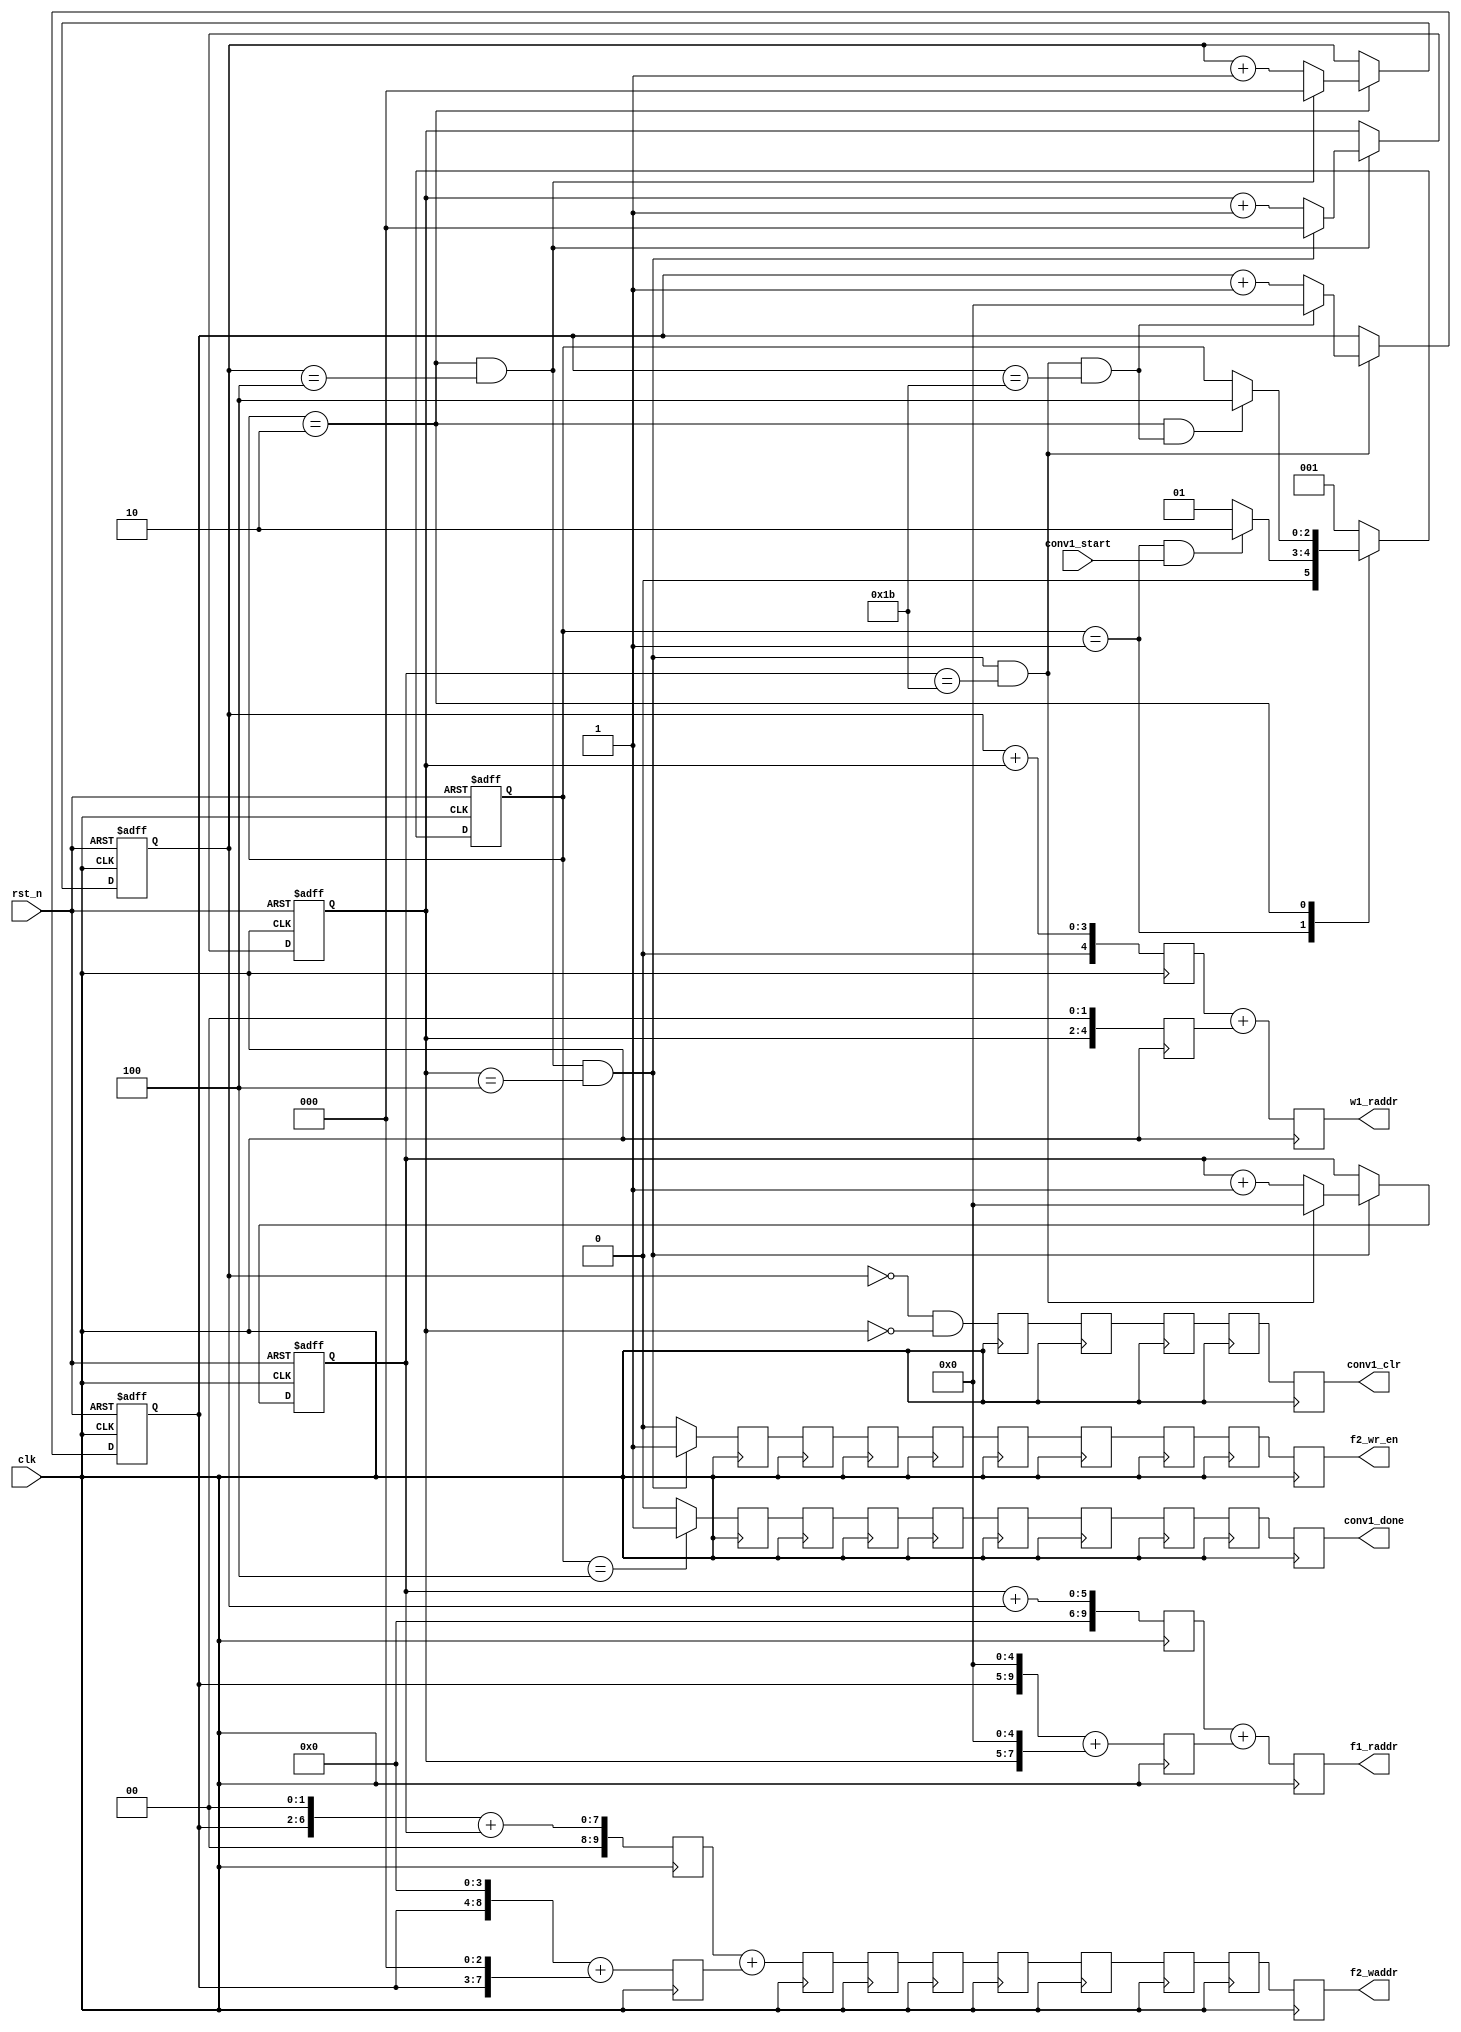
// This program was cloned from: https://github.com/yztong/LeNet_RTL
// License: MIT License

//==================================================================================================
//  Revision      : 
//  Company       : UESTC
//
//  Description   : Conv 1st Layer Control Module.  Generate Read&Write Addr and Related Control 
//					Signals.
//
//==================================================================================================

module conv1_ctrl(/*autoport*/
//output
			w1_raddr,
			f1_raddr,
			f2_waddr,
			f2_wr_en,
			conv1_done,
			conv1_clr,
//input
			clk,
			rst_n,
			conv1_start);
	input  clk;
	input  rst_n;


	//Input Weight and Feature Read Addr
	output  [4:0] w1_raddr;     
	output  [9:0] f1_raddr;

	//Output Feature Write Addr and Write Enable
	output  [9:0] f2_waddr;
	output        f2_wr_en;
	//Control Signal
	input         conv1_start;
	output        conv1_done;
	output        conv1_clr;

	localparam	IDLE=3'b001;
	localparam  RUN =3'b010;
	localparam  DONE=3'b100;
	reg[2:0] current_state;
	reg[2:0] next_state;

	reg[2:0] cnt0,cnt1;
	reg[4:0] cnt2,cnt3;
	wire add_cnt0,end_cnt0,add_cnt1,add_cnt2,end_cnt2,end_cnt1,add_cnt3,end_cnt3;

	wire IDLE2RUN_start,RUN2DONE_start;

	always@(posedge clk or negedge rst_n)begin
		if(!rst_n)
			current_state <= IDLE;
		else
			current_state <= next_state;
	end

	always@(*) begin
		case(current_state)
			IDLE:begin
				if(IDLE2RUN_start)
					next_state = RUN;
				else
					next_state = IDLE;
			end
			RUN:begin
				if(RUN2DONE_start)
					next_state = DONE;
				else begin
					next_state = current_state;
				end
			end
			DONE:begin
				next_state = IDLE;
			end
			default: next_state = IDLE;	
		endcase
	end

	assign IDLE2RUN_start = current_state==IDLE && conv1_start == 1'b1;
	assign RUN2DONE_start = current_state==RUN  && end_cnt3;

//cnt0:kernel column
	always @(posedge clk or negedge rst_n) begin
		if (!rst_n) begin
			// reset
			cnt0 <= 3'b0;	
		end
		else if (add_cnt0) begin
			if(end_cnt0)
				cnt0 <= 3'b0;
			else begin
				cnt0 <= cnt0 + 1'b1;
			end
		end
	end

	assign add_cnt0 = current_state==RUN;
	assign end_cnt0 = add_cnt0 && cnt0 == 5-1;	

//cnt1:kernel row
	always @(posedge clk or negedge rst_n) begin
		if (!rst_n) begin
			// reset
			cnt1 <= 3'b0;	
		end
		else if (add_cnt1) begin
			if(end_cnt1)
				cnt1 <= 3'b0;
			else begin
				cnt1 <= cnt1 + 1'b1;
			end
		end
	end

	assign add_cnt1 = end_cnt0;
	assign end_cnt1 = add_cnt1 && cnt1 == 5-1;

//cnt2:Feature column
	always @(posedge clk or negedge rst_n) begin
		if (!rst_n) begin
			// reset
			cnt2 <= 5'b0;	
		end
		else if (add_cnt2) begin
			if(end_cnt2)
				cnt2 <= 5'b0;
			else begin
				cnt2 <= cnt2 + 1'b1;
			end
		end
	end

	assign add_cnt2 = end_cnt1;
	assign end_cnt2 = add_cnt2 && cnt2 == 28-1;

//cnt3:Feature row
	always @(posedge clk or negedge rst_n) begin
		if (!rst_n) begin
			// reset
			cnt3 <= 5'b0;	
		end
		else if (add_cnt3) begin
			if(end_cnt3)
				cnt3 <= 5'b0;
			else begin
				cnt3 <= cnt3 + 1'b1;
			end
		end

	end

	assign add_cnt3 = end_cnt2;
	assign end_cnt3 = add_cnt3 && cnt3 == 28-1;

//---------------------------------------
//-----Address Generate------------------
//---------------------------------------
	//Read Address Gen, total 2 cycles delay
	reg [9:0]  f1_raddr_s1_1,f1_raddr_s1_2,f1_raddr_s2;        
	reg [4:0]  w1_raddr_s1_1,w1_raddr_s1_2,w1_raddr_s2;
	//f1_raddr = cnt2+cnt3*32+cnt0+cnt1*32;
	//w1_raddr = cnt0+cnt1*5;
	always@(posedge clk)begin
		f1_raddr_s1_1 <= cnt2+cnt0;
		f1_raddr_s1_2 <= {cnt3[4:0],5'b0}+{cnt1[2:0],5'b0};
		f1_raddr_s2   <= f1_raddr_s1_1 + f1_raddr_s1_2;
		w1_raddr_s1_1 <= cnt0+cnt1;
		w1_raddr_s1_2 <= {cnt1[2:0],2'b0};
		w1_raddr_s2   <= w1_raddr_s1_1+w1_raddr_s1_2; 
	end

	assign f1_raddr = f1_raddr_s2;
	assign w1_raddr = w1_raddr_s2;

	//Write Address Gen
	wire[9:0] f2_waddr_temp;
	reg[9:0] f2_waddr_s1_1,f2_waddr_s1_2,f2_waddr_s2;
	//wr_addr = cnt3 * 28 + cnt2;
	always@(posedge clk)begin
		f2_waddr_s1_1 <= {cnt3[4:0],4'b0}+{cnt3[4:0],3'b0};
		f2_waddr_s1_2 <= {cnt3[4:0],2'b0}+cnt2;
		f2_waddr_s2   <= f2_waddr_s1_2 + f2_waddr_s1_1;
  	end
  	assign f2_waddr_temp = f2_waddr_s2;


//--------------------------------------
//----Control Signal Gen----------------
//--------------------------------------
	wire 	  conv1_clr_temp;
	wire      f2_wr_en_temp;
	wire      conv1_done_temp;

	assign f2_wr_en_temp = end_cnt1? 1'b1:1'b0;
	assign conv1_done_temp = current_state==DONE? 1'b1:1'b0;
	assign conv1_clr_temp = cnt0==0 && cnt1==0;


//-----------------------------------------
//--Registers Stage to Meet Correct Timing-
//-----------------------------------------
//7 cycles for f2_waddr_temp;
//9 for f2_wr_en_temp;
//9 for conv1_done_temp;
//6 for conv1_clr_temp;
	reg [9:0]   f2_waddr_reg[7:0];
	reg  		f2_wr_en_reg[9:0];
	reg  	    conv1_done_reg[9:0];
	reg  		conv1_clr_reg[5:0];

	always@*begin
		 f2_waddr_reg[0] = f2_waddr_temp;
		 f2_wr_en_reg[0] = f2_wr_en_temp;
		 conv1_clr_reg[0] = conv1_clr_temp;
		 conv1_done_reg[0] = conv1_done_temp;
	end
	generate
		genvar i,j,k;
		for (i = 0; i < 7; i = i + 1)
		begin:reg_gen1
		//addr2data delay 2
		//mult delay 3
		//Bias delay 1
		//ReLU  delay 1
			always@(posedge clk)begin
				f2_waddr_reg[i+1] <= f2_waddr_reg[i];
			end
		end
		for (j = 0; j < 9; j = j + 1)
		begin:reg_gen2
		//f1_raddr delay 2
		//addr2data delay 2
		//mult delay 3
		//Bias delay 1
		//ReLU  delay 1
			always@(posedge clk)begin
				f2_wr_en_reg[j+1] <= f2_wr_en_reg[j];
				conv1_done_reg[j+1] <= conv1_done_reg[j];
			end
		end
		for (k = 0; k < 5; k = k + 1)
		begin:reg_gen3
		//conv_clr should assert at 2nd cycle of mac, DSP include 1, so here is 2 + 2 + 2 - 1
			always@(posedge clk)begin
				conv1_clr_reg[k+1] <= conv1_clr_reg[k];
			end
		end		
	endgenerate

//output to external
	assign f2_waddr 	= f2_waddr_reg[7];
	assign f2_wr_en  = f2_wr_en_reg[9];
	assign conv1_done   = conv1_done_reg[9];
	assign conv1_clr    = conv1_clr_reg[5];      

	
endmodule